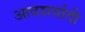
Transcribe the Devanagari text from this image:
आदशर्वादी